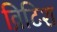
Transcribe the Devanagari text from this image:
व्रिटिश